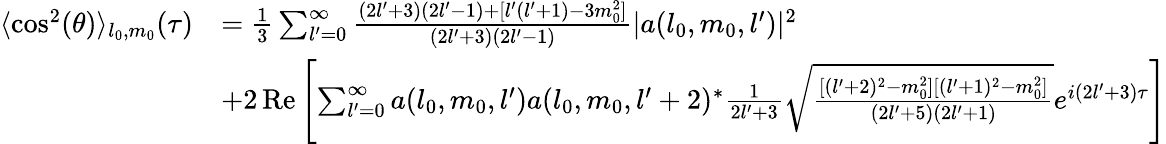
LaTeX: \begin{array}{rl}{\langle\cos^{2}(\theta)\rangle_{l_{0},m_{0}}(\tau)}&{=\frac{1}{3}\sum_{l^{\prime}=0}^{\infty}\frac{(2l^{\prime}+3)(2l^{\prime}-1)+[l^{\prime}(l^{\prime}+1)-3m_{0}^{2}]}{(2l^{\prime}+3)(2l^{\prime}-1)}|a(l_{0},m_{0},l^{\prime})|^{2}}\\ &{+2\operatorname{Re}\left[\sum_{l^{\prime}=0}^{\infty}a(l_{0},m_{0},l^{\prime})a(l_{0},m_{0},l^{\prime}+2)^{*}\frac{1}{2l^{\prime}+3}\sqrt{\frac{[(l^{\prime}+2)^{2}-m_{0}^{2}][(l^{\prime}+1)^{2}-m_{0}^{2}]}{(2l^{\prime}+5)(2l^{\prime}+1)}}e^{i(2l^{\prime}+3)\tau}\right]}\end{array}